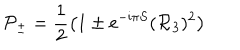
LaTeX: { \cal P } _ { \pm } = \frac { 1 } { 2 } \left( 1 \pm { \mathrm e } ^ { - { \mathrm i } \pi S } ( { \cal R } _ { 3 } ) ^ { 2 } \right)